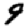
Digit: 9